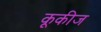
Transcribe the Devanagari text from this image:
कूकीज